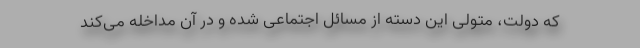
که دولت، متولی این دسته از مسائل اجتماعی شده و در آن مداخله می‌کند